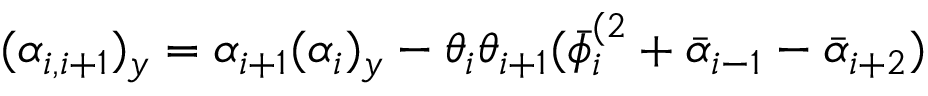
( \alpha _ { i , i + 1 } ) _ { y } = \alpha _ { i + 1 } ( \alpha _ { i } ) _ { y } - \theta _ { i } \theta _ { i + 1 } ( \bar { \phi } _ { i } ^ { ( 2 } + \bar { \alpha } _ { i - 1 } - \bar { \alpha } _ { i + 2 } )